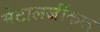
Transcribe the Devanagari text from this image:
मेटालर्जीकल